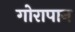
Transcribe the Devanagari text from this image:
गोरापान